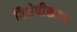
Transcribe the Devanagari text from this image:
विशेषीेकरण